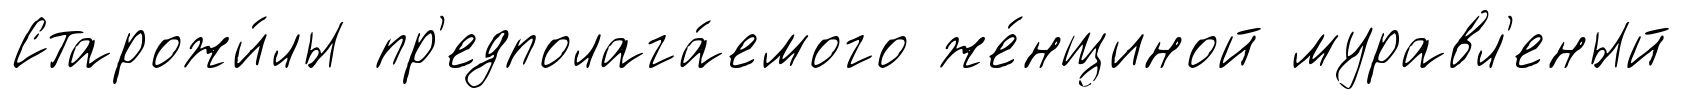
Старожи́лы пр'едполага́емого же́нщиной муравл'еный